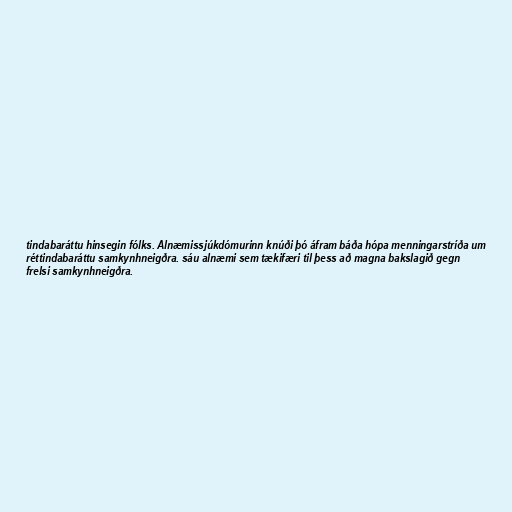
tindabaráttu hinsegin fólks. Alnæmissjúkdómurinn knúði þó áfram báða hópa menningarstríða um
réttindabaráttu samkynhneigðra. sáu alnæmi sem tækifæri til þess að magna bakslagið gegn
frelsi samkynhneigðra.